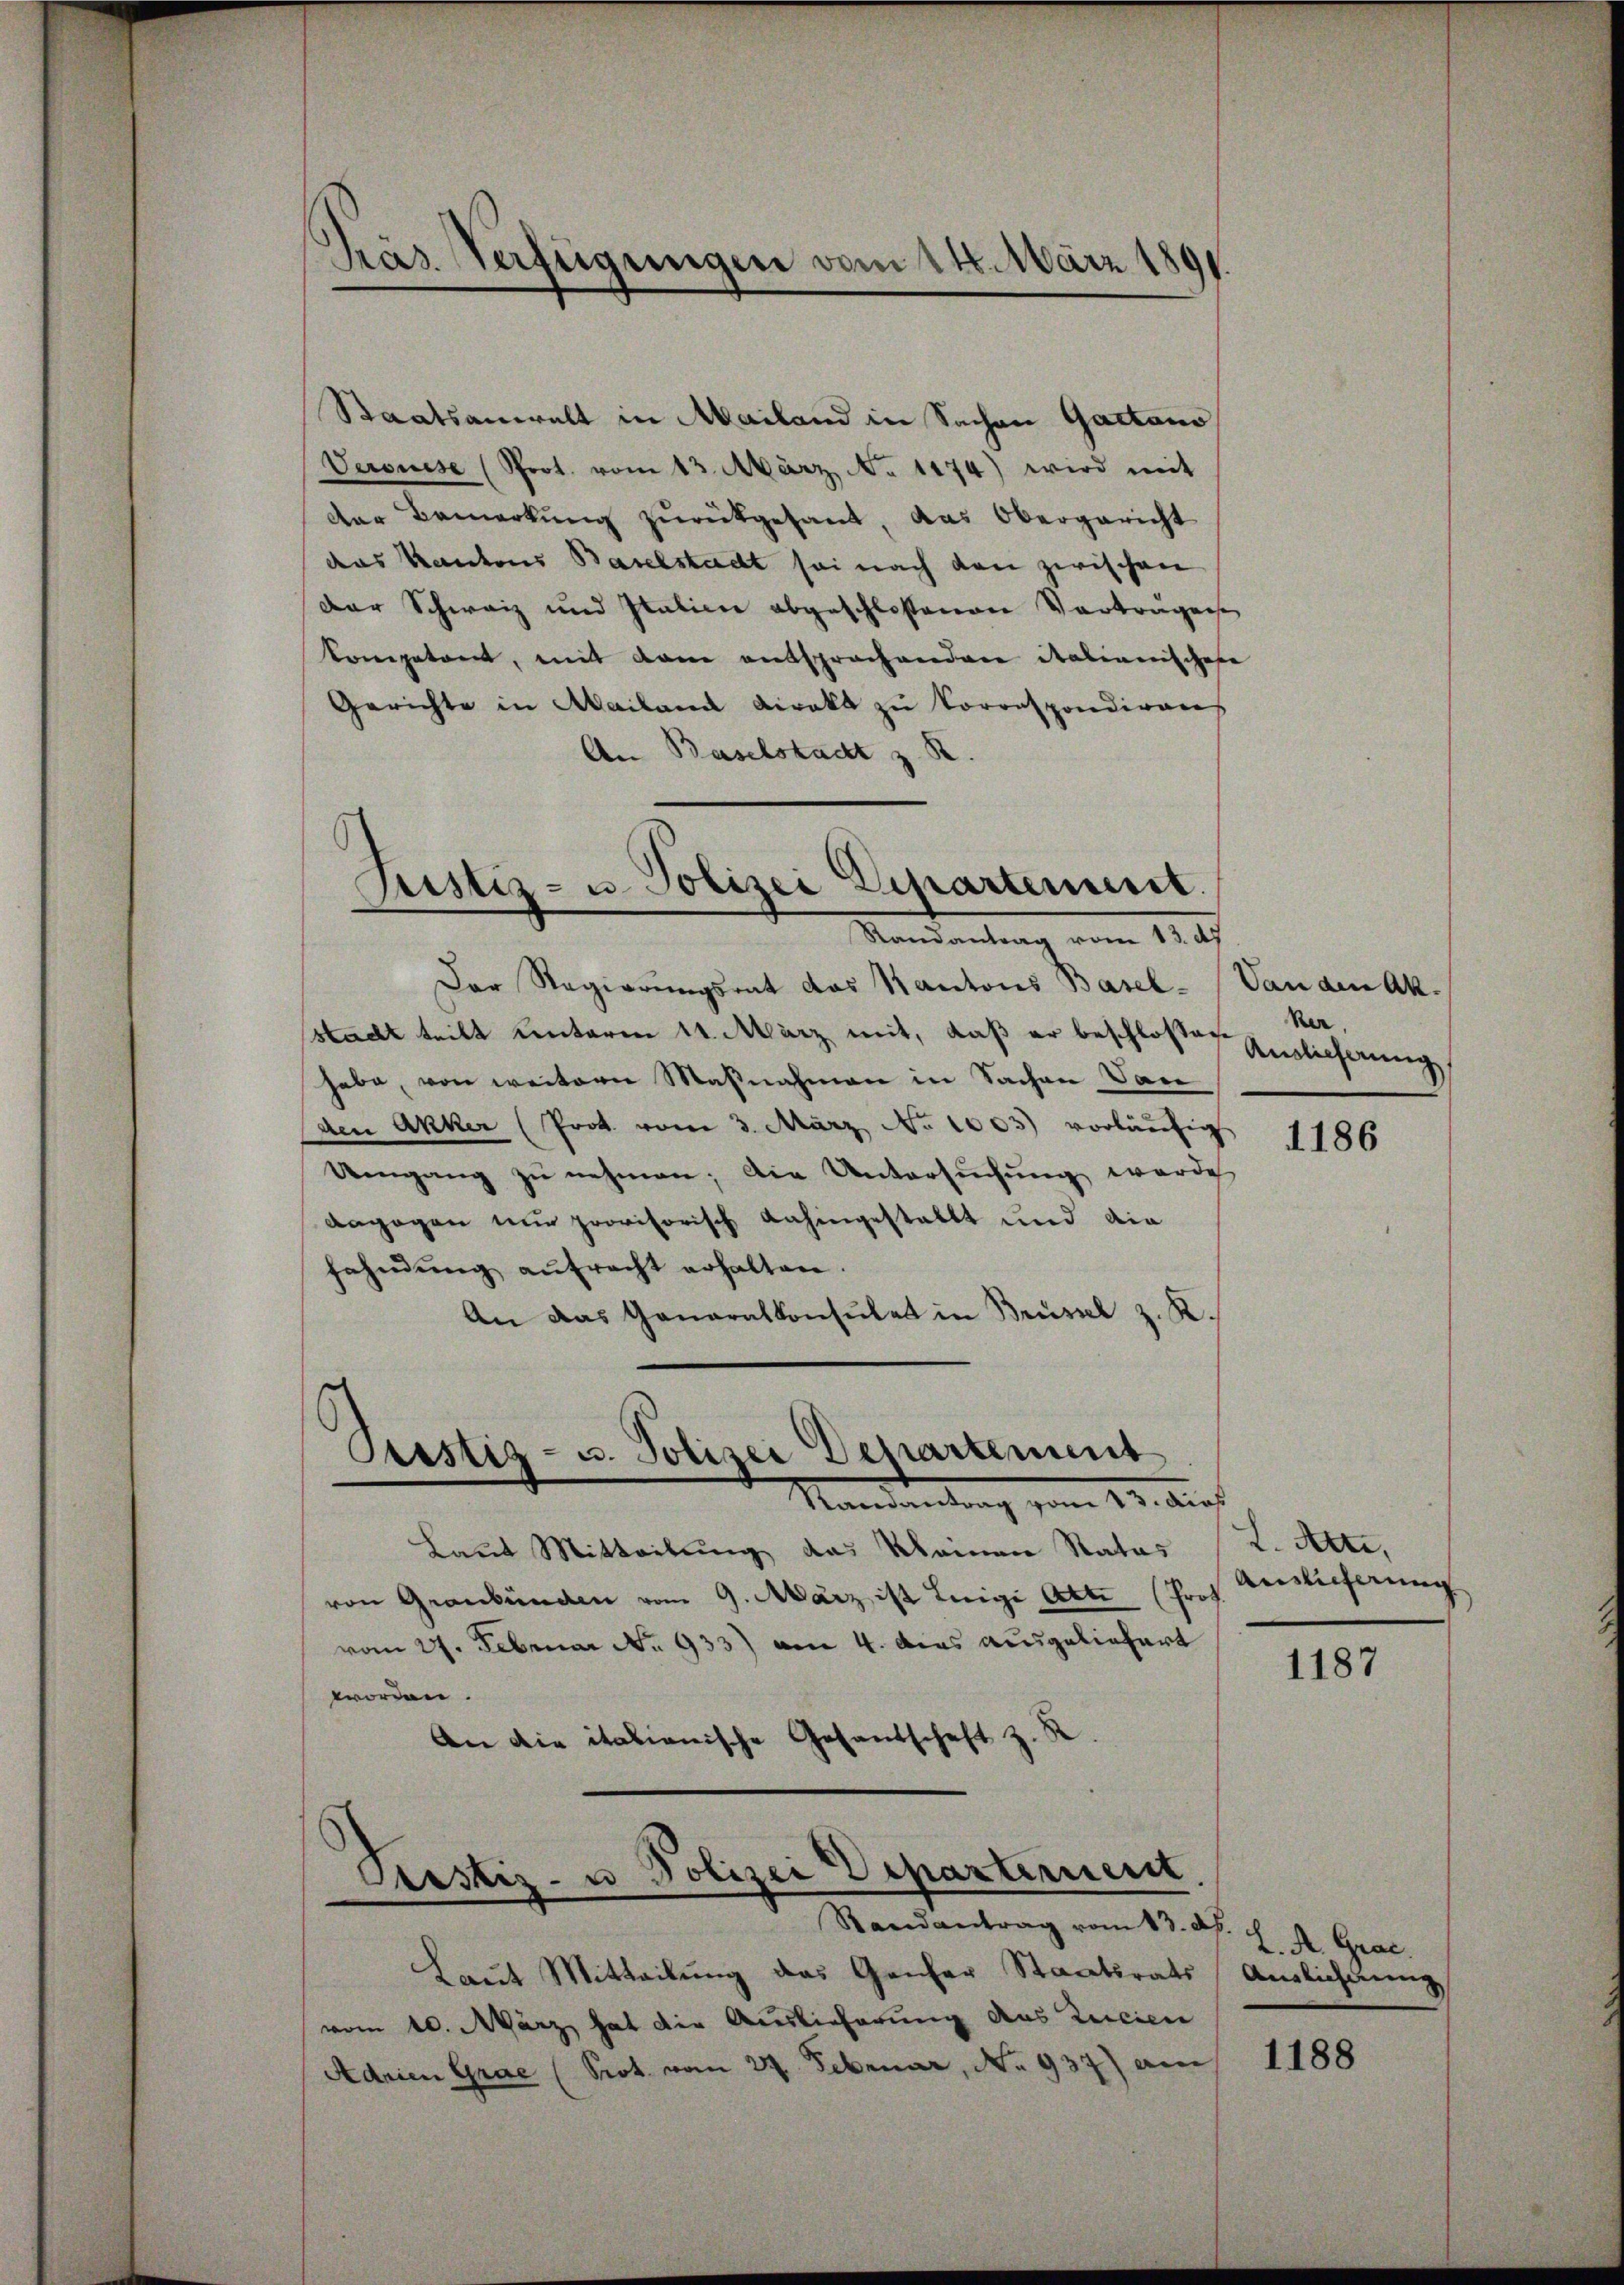
Präs. Verfügungen vom 116. März 1891.

Staatsanwalt in Mailand in Sachen Gactano
Veronese (Prot. vom 13. März, No 1174) wird mit
der Bemerkung zurückgesandt, das Obergericht
das Kantons Baselstadt sei nach den zwischen
Der Schweiz und Italien abgeschlossenen Vorträgen
kompetent, mit dem entsprachenden Kabinerischehe
Gerichte in Mailand Direkt zu korrespondireres
An Baselstadt z. R.

Justiz- u. Polizei Departement.
Randantrag vom 13. ds

Justiz- u. Polizei Departement
Randantrag vom 13. dies

Der Regierungsrat das Kantons Basel-Vanden Akstacht teilt unterm 11. März mit, daß er beschlossen Eislicherung
habe, von weitern Maßnahmen in Sachen Vare
den Anker (Prot. vom 3. März No 1003) vorläufig
Umgang zŭ nehmen; die Untersŭchŭng werde
angegen nur provisorisch dahingestallt und die
fahndŭng aŭfracht erhalten.
An das Generalkonsulat in Brüssel z. K.

Piustiz- u Polizei Departernent
Randantrag vom 13. d.

Laut Mitteilung das Kleinen Rates (L. Atti,
von Graubünden vom 9. März ist Luigi Atti (Prof.
vom 27. Februar No. 933) am 4. dies ausgeliefert
worden.
An die italienische Gesandschaft z. R.

Laut Mitteilung das Genfer Staatsrats Auslichnung
vom 10. März hat die Auslieferung das Zucien
Adnien Grae (Prot. vom 27. Februar, No 937) am

ker,

1186

Ainlicherung

1187

L. A. Grac.

1188